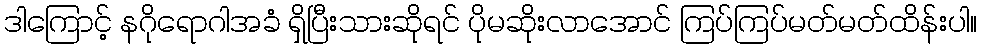
ဒါကြောင့် နဂိုရောဂါအခံ ရှိပြီးသားဆိုရင် ပိုမဆိုးလာအောင် ကြပ်ကြပ်မတ်မတ်ထိန်းပါ။